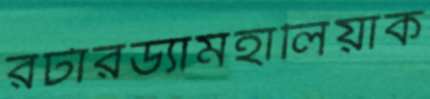
রটারড্যামহালিয়াক